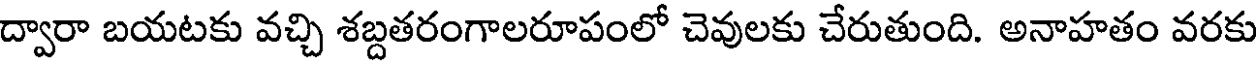
ద్వారా బయటకు వచ్చి శబ్దతరంగాలరూపంలో చెవులకు చేరుతుంది. అనాహతం వరకు